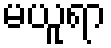
မယူရာ